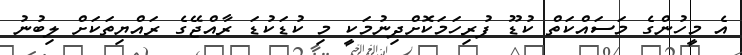
އެ މީހުންގެ މަސައްކަތް ކުޑޫ ފުރިހަމަކޮށްދިނުމަކީ މި ކުޑަކުޑަ ރާއްޖޭގެ ރައްޔިތަކަށް ލިބުނު